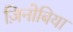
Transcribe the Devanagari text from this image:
ज़िनोबिया